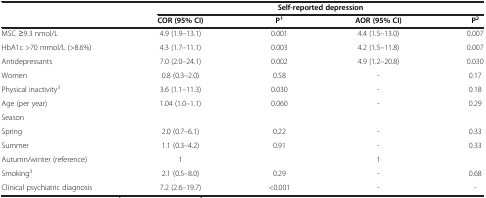
<table><thead><tr><td><b> </b></td><td colspan="4"><b>Self-reported depression</b></td></tr><tr><td><b> </b></td><td><b>COR (95% CI)</b></td><td><b>P<sup>1</sup></b></td><td><b>AOR (95% CI)</b></td><td><b>P<sup>2</sup></b></td></tr></thead><tbody><tr><td>MSC ≥9.3 nmol/L</td><td>4.9 (1.9–13.1)</td><td>0.001</td><td>4.4 (1.5–13.0)</td><td>0.007</td></tr><tr><td>HbA1c &gt;70 mmol/L (&gt;8.6%)</td><td>4.3 (1.7–11.1)</td><td>0.003</td><td>4.2 (1.5–11.8)</td><td>0.007</td></tr><tr><td>Antidepressants</td><td>7.0 (2.0–24.1)</td><td>0.002</td><td>4.9 (1.2–20.8)</td><td>0.030</td></tr><tr><td>Women</td><td>0.8 (0.3–2.0)</td><td>0.58</td><td>-</td><td>0.17</td></tr><tr><td>Physical inactivity<sup>3</sup></td><td>3.6 (1.1–11.3)</td><td>0.030</td><td>-</td><td>0.18</td></tr><tr><td>Age (per year)</td><td>1.04 (1.0–1.1)</td><td>0.060</td><td>-</td><td>0.29</td></tr><tr><td>Season</td><td> </td><td> </td><td> </td><td> </td></tr><tr><td>Spring</td><td>2.0 (0.7–6.1)</td><td>0.22</td><td>-</td><td>0.33</td></tr><tr><td>Summer</td><td>1.1 (0.3–4.2)</td><td>0.91</td><td>-</td><td>0.33</td></tr><tr><td>Autumn/winter (reference)</td><td>1</td><td> </td><td>1</td><td> </td></tr><tr><td>Smoking<sup>3</sup></td><td>2.1 (0.5–8.0)</td><td>0.29</td><td>-</td><td>0.68</td></tr><tr><td>Clinical psychiatric diagnosis</td><td>7.2 (2.6–19.7)</td><td>&lt;0.001</td><td>-</td><td>-</td></tr></tbody></table>